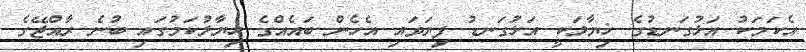
އެކަމަކު އަޅުގަނޑުގެ ޚިޔާލަކީ އަޅުގަނޑު ފިޔަވައި އެހެން ބައެއްގެ ޚިޔާލުކަމުގައި ބުނެ ރާއްޖޭގެ